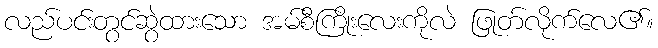
လည်ပင်းတွင်ဆွဲထားသော အမ်စီကြိုးလေးကိုလဲ ဖြုတ်လိုက်လေ၏။